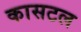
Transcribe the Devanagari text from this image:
कासटल